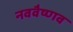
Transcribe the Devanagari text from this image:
नववैष्णव